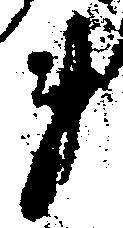
事